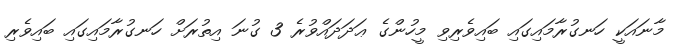
މާނައަކީ ހަނގުރާމައިގައި ބައިވެރިވި މީހުންގެ ޢަދަދައްވުރެ 3 ގުނަ އިތުރަށް ހަނގުރާމައިގައި ބައިވެރި